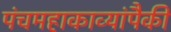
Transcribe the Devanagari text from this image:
पंचमहाकाव्यांपैकी